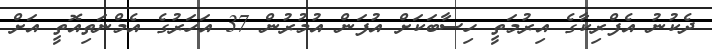
ދެކުނު އެފްރިކާގެ އިރުމަތީ ހިސާބަކަށް އުފަން އުމުރުން 37 އަހަރުގެ އެމްނަތިއޮތީ އަށް